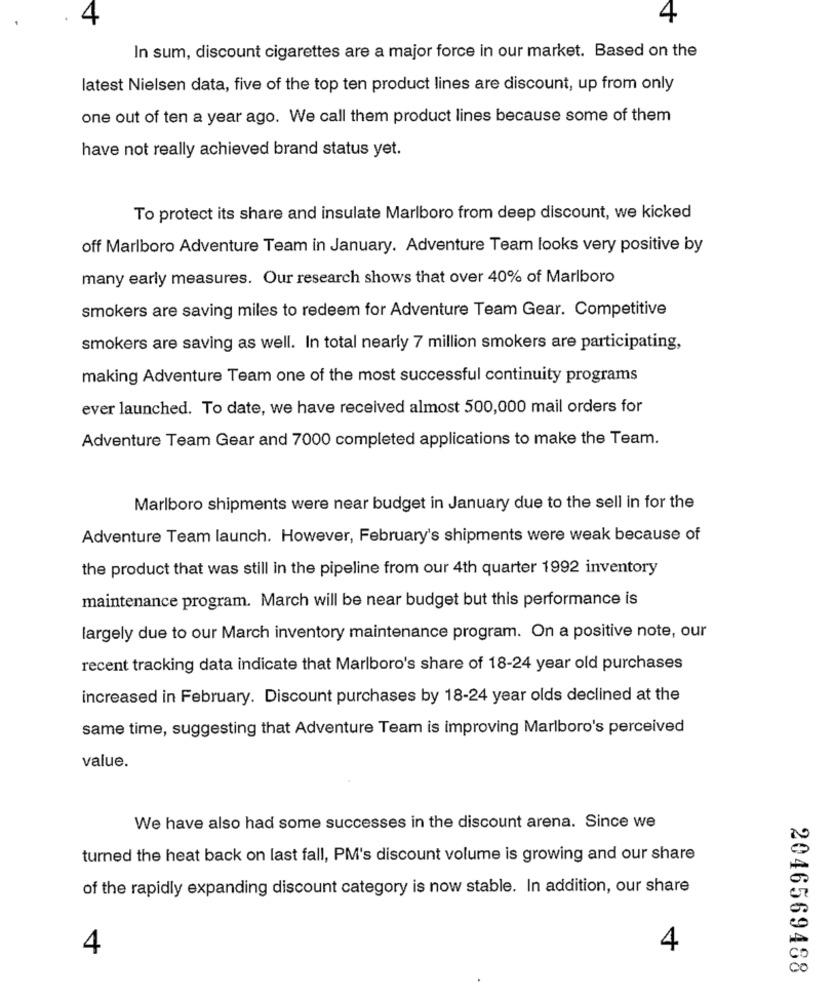
4
4
In sum, discount cigarettes are a major force in our market. Based on the
latest Nielsen data, five of the top ten product lines are discount, up from only
one out of ten a year ago. We call them product lines because some of them
have not really achieved brand status yet.
To protect its share and insulate Marlboro from deep discount, we kicked
off Marlboro Adventure Team in January. Adventure Team looks very positive by
many early measures. Our research shows that over 40% of Marlboro
smokers are saving miles to redeem for Adventure Team Gear. Competitive
smokers are saving as well. In total nearly 7 million smokers are participating,
making Adventure Team one of the most successful continuity programs
ever launched. To date, we have received almost 500,000 mail orders for
Adventure Team Gear and 7000 completed applications to make the Team.
Marlboro shipments were near budget in January due to the sell in for the
Adventure Team launch. However, February's shipments were weak because of
the product that was still in the pipeline from our 4th quarter 1992 inventory
maintenance program. March will be near budget but this performance is
largely due to our March inventory maintenance program. On a positive note, our
recent tracking data indicate that Marlboro's share of 18-24 year old purchases
increased in February. Discount purchases by 18-24 year olds declined at the
same time, suggesting that Adventure Team is improving Marlboro's perceived
value.
We have also had some successes in the discount arena. Since we
turned the heat back on last fall, PM's discount volume is growing and our share
of the rapidly expanding discount category is now stable. In addition, our share
4
4
2046569488